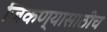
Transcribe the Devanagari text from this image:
जिंकण्यासाठीच